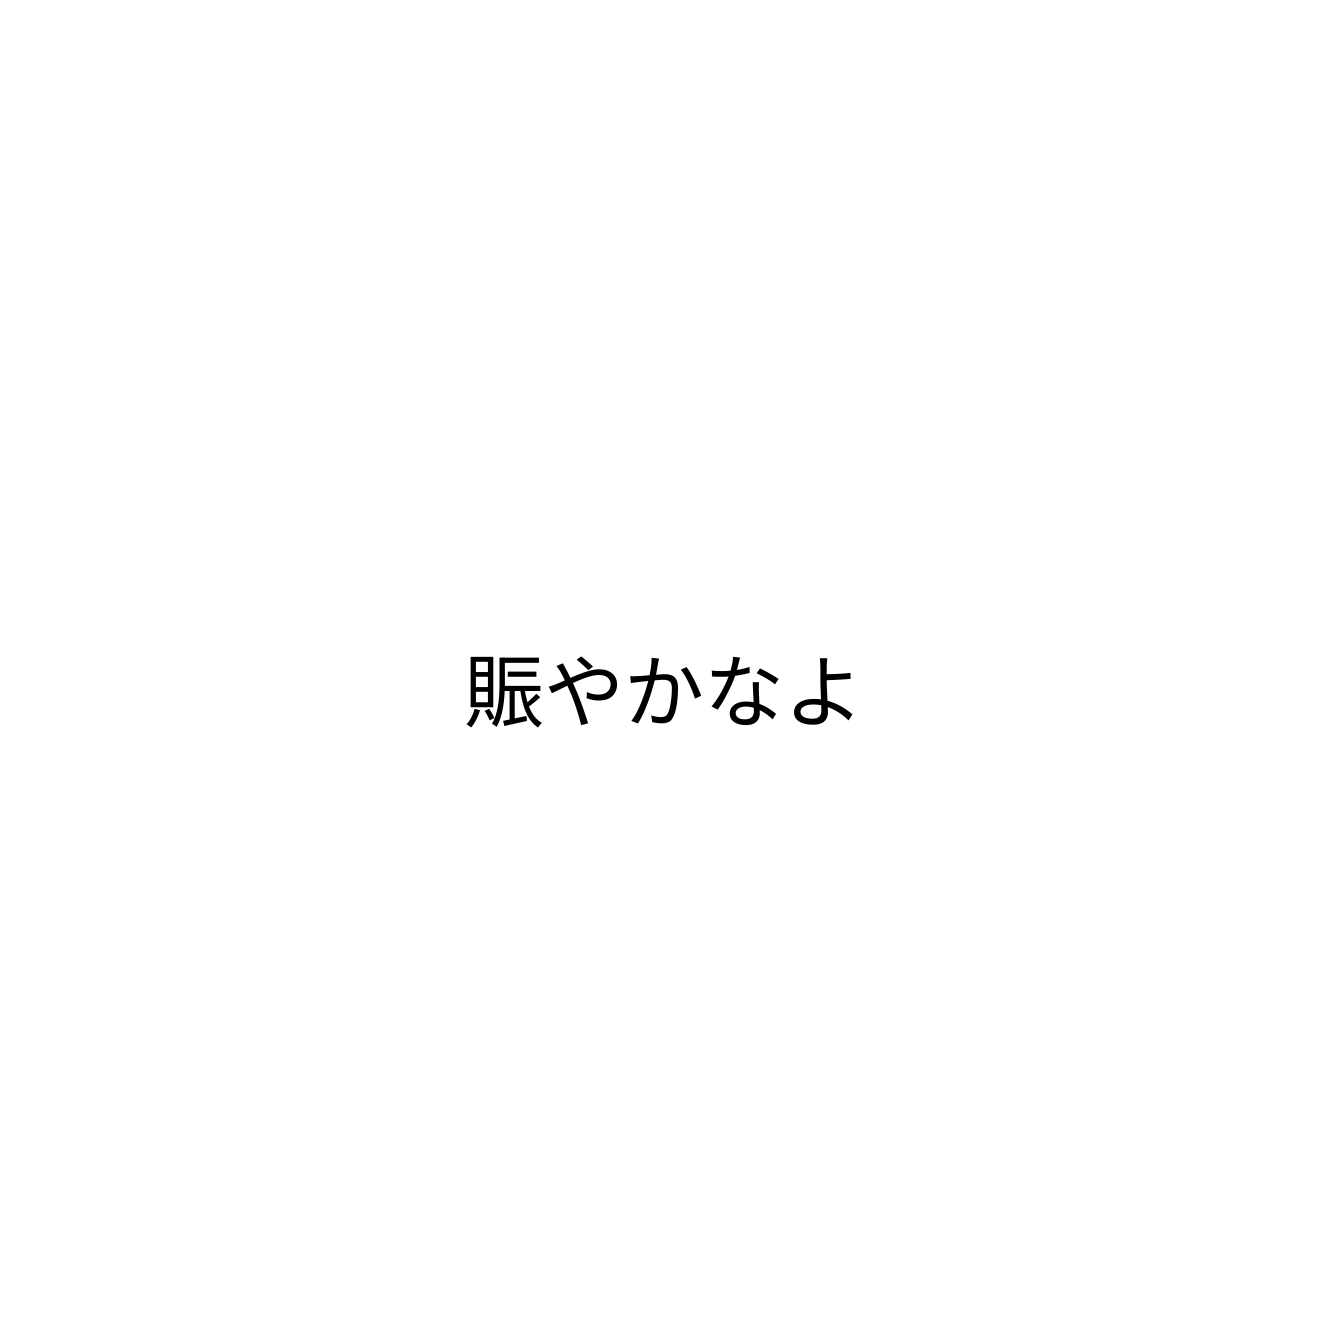
賑やかなよ